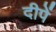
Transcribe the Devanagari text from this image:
दीपें